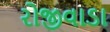
રોજીવાડા